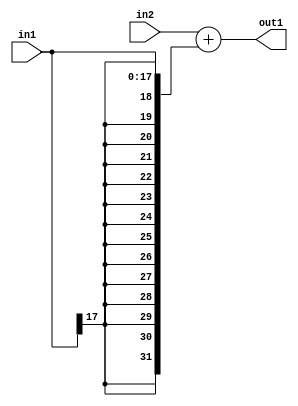
`timescale 1ps / 1ps
/*****************************************************************************
    Verilog RTL Description
    
    
    Created by: Stratus DpOpt 2019.1.01 
*******************************************************************************/

module mac_Add_32Sx18S_32S_4_1 (
	in2,
	in1,
	out1
	); /* architecture "behavioural" */ 
input [31:0] in2;
input [17:0] in1;
output [31:0] out1;
wire [31:0] asc001;

assign asc001 = 
	+(in2)
	+({{14{in1[17]}}, in1});

assign out1 = asc001;
endmodule

/* CADENCE  ubL1TAs= : u9/ySgnWtBlWxVPRXgAZ4Og= ** DO NOT EDIT THIS LINE ******/